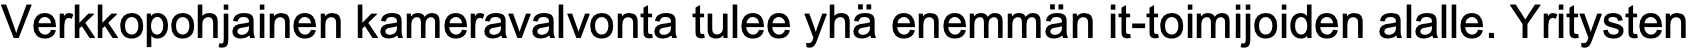
Verkkopohjainen kameravalvonta tulee yhä enemmän it-toimijoiden alalle. Yritysten